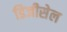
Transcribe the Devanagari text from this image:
डिजीसेल